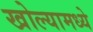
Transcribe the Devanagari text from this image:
खोल्यामध्ये